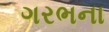
ગરભના